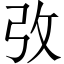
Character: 𢎿